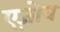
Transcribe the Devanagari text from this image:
एज़ोव